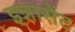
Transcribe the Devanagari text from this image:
इन्नासेंट